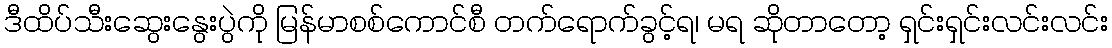
ဒီထိပ်သီးဆွေးနွေးပွဲကို မြန်မာစစ်ကောင်စီ တက်ရောက်ခွင့်ရ၊ မရ ဆိုတာတော့ ရှင်းရှင်းလင်းလင်း